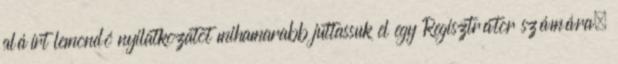
aláírt lemondó nyilatkozatot mihamarabb juttassuk el egy Regisztrátor számára,